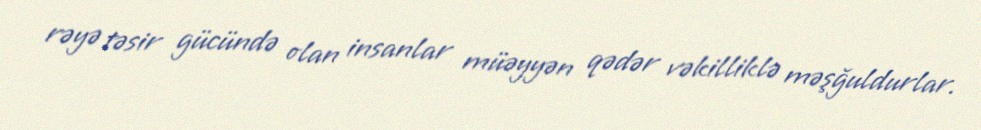
rəyə təsir gücündə olan insanlar müəyyən qədər vəkilliklə məşğuldurlar.